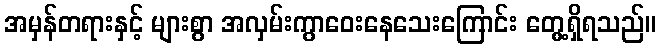
အမှန်တရားနှင့် များစွာ အလှမ်းကွာဝေးနေသေးကြောင်း တွေ့ရှိရသည်။